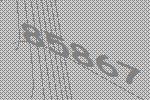
85867